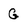
Character: G